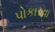
પોકારવા